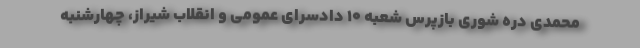
محمدی دره شوری بازپرس شعبه ۱۰ دادسرای عمومی و انقلاب شیراز، چهارشنبه